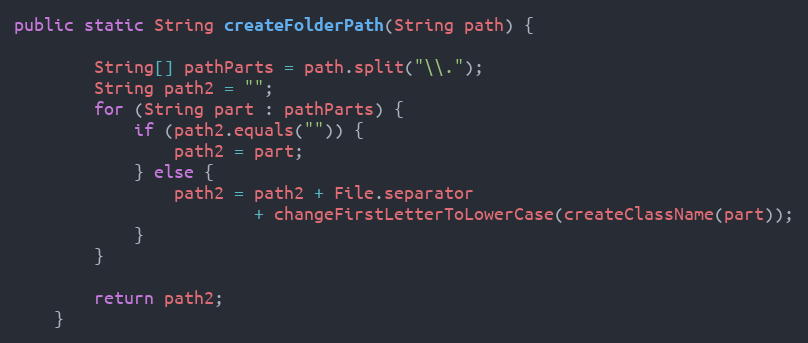
Language: Java
public static String createFolderPath(String path) {

        String[] pathParts = path.split("\\.");
        String path2 = "";
        for (String part : pathParts) {
            if (path2.equals("")) {
                path2 = part;
            } else {
                path2 = path2 + File.separator
                        + changeFirstLetterToLowerCase(createClassName(part));
            }
        }

        return path2;
    }